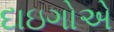
દાઇગોએ